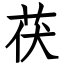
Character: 茯